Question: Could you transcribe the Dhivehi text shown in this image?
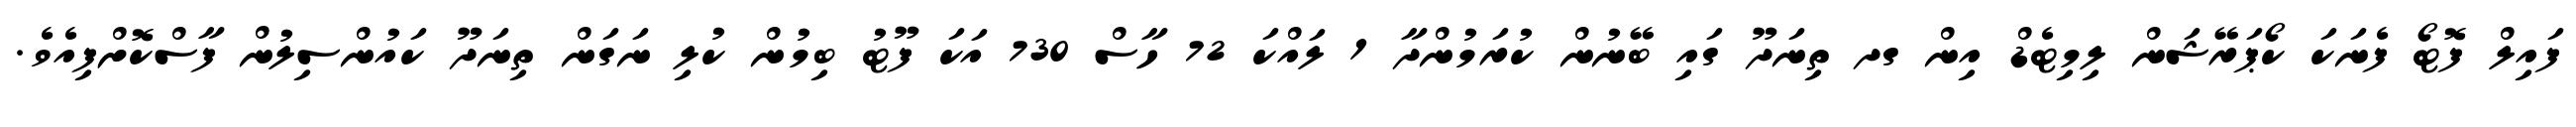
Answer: ފައިލް ފޮޓޯ ފެނަކަ ކޯޕަރޭޝަން ލިމިޓެޑް އިން ގދ ތިނަދޫ ގައި ބޭނުން ކުރަމުންދާ 1 ލައްކަ 72 ހާސް 730 އަކަ ފޫޓު ބިމުން ކުލި ނަގަން ތިނަދޫ ކައުންސިލުން ފާސްކޮށްފިއެވެ.